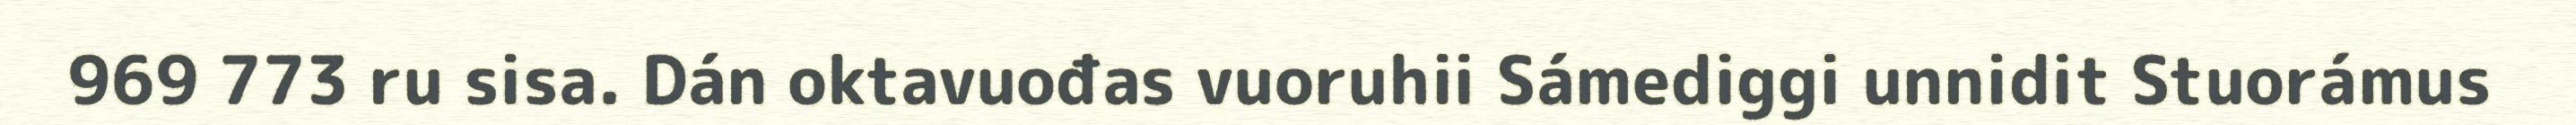
969 773 ru sisa. Dán oktavuođas vuoruhii Sámediggi unnidit Stuorámus